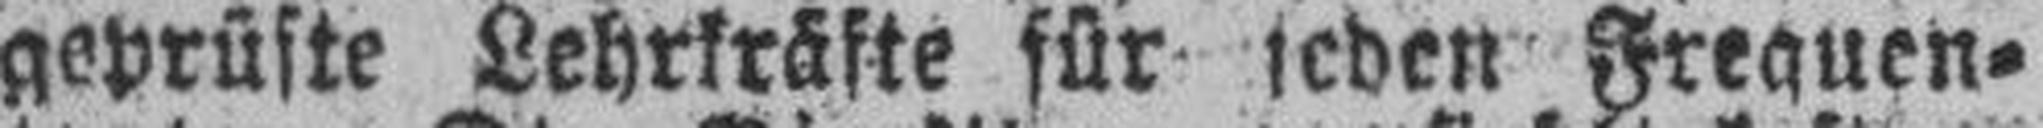
geprüfte Lehrkräfte für jeden Frequen¬